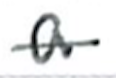
Text: a
Cross-out: single-line
Writing tool: ballpoint